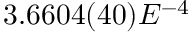
3 . 6 6 0 4 ( 4 0 ) E ^ { - 4 }